Annual report on the working of the lock hospitals in the Central Provinces
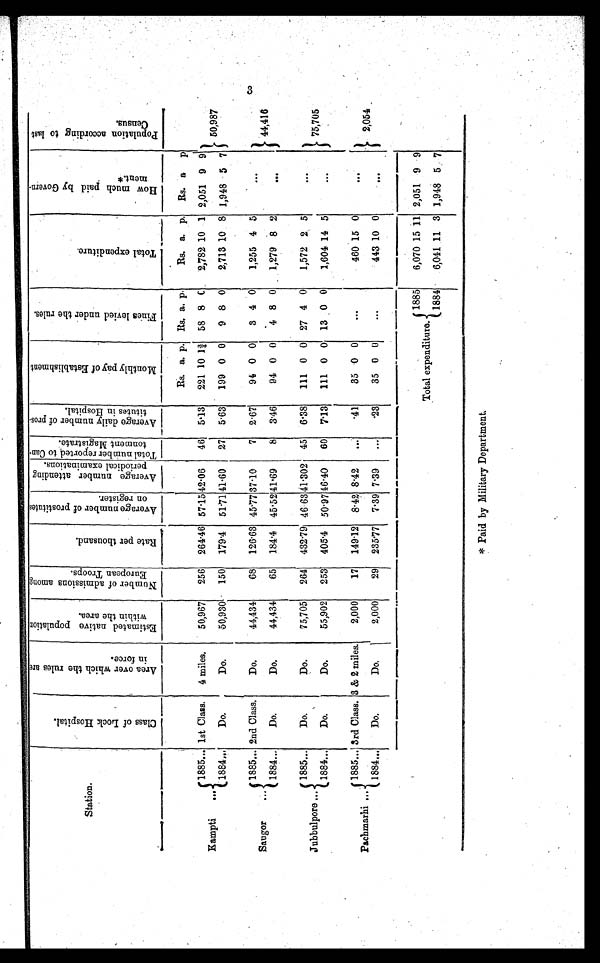
Station.
C l a s s o f L o c k H o s p i t a l .
A r e a o v e r w h i c h t h e r u l e s a r e i n f o r c e s .
E s t i m a t e d n a t i v e p o p u l a t i o n w i t h i n t h e a r e a .
N u m b e r o f a d m i s s i o n a m o n g E u r o p e a n T r o o p s .
R a t e p e r t h o u s a n d .
A v e r a g e n u m b e r o f p r o s t i t u t e s o n r e g i s t e r .
A v e r a g e n u m b e r a t t e n d i n g p e r i o d i c a l e x a m i n a t i o n s .
T o t a l n u m b e r r e p o r t e d t o C a n - t o n m e n t M a g i s t r a t e .
A v e r a g e d a i l y n u m b e r o f p r o s t i t u t e s i n H o s p i t a l .
M o n t h l y p a y o f E s t a b l i s h m e n t . F i n e s l e v i e d u n d e r t h e r u l e s .
T o t a l e x p e n d i t u r e .
H o w m u c h p a i d b y G o v e r n m e n t . *
P o p u l a t i o n a c c o r d i n g t o l a s t C e n s u s .
Rs. a. p. Rs, a. p.
Rs. a. p.
Rs. a
p
3
1885.. 1st Class.
4 miles.
50,967
256
264·46 57 .15 42 . 06
46
5·13
221 10
1 ¾ 58 8 C
2,782 10 1 2,051 9 9
Kampti
...
50,987
1884...
Do.
Do.
50,930
150
179·4
51·71 41·60
27
5 . 63
199 0 0
9 8 0
2,713 10 8 1,948 5 7
1885... 2nd Class.
Do.
44,434
68
126. 63 45·77 37 . 10
7
2 . 67
94 0 0
3 4 0
1,255 4
5
. . .
. . .
. . .
Saugor
...
44,416
1884...
Do.
Do.
44,434
65
184·4 45 . 52 41 .69
8
3·46
94 0 0
4 8 0
1,279 8 2
...
1885...
D o .
Do.
75,705
264
432·79 46 63 41 . 302 45
6 . 38
111 0 0 27 4 0
1,572 2 5
. . .
. . .
. . . .
Jubbulpore ...
. . . . . .
. . . 75,705
1884...
Do.
Do.
55,902
253
405 .4 50 . 97 46 . 40
60
7. 13
111 0 0 13 0 0
1,604 14 5
. . . . . .
. . .
1885... 3rd Class. 3 & 2 miles.
2,000
17
149 .12 8 . 42 8 .42
. . .
·41
35 0 0
...
460 15 0
. . .
. . .
. . .
Pachmarhi ...
. . .
2,054
1884...
D o .
Do.
2,000
29
235·77
7·39 7 .39
...
·23
35 0 0
. . .
...
. . . .
443 10
0
1885
6,070 15 11 2,051 9 9
Total expenditure.
1 8 8 4
6,041 11 3 1,948 5 7
* Paid by Military Department,